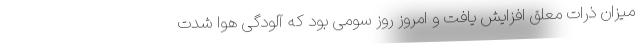
میزان ذرات معلق افزایش یافت و امروز روز سومی بود که آلودگی هوا شدت